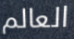
العالم